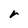
Character: r